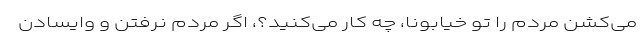
می‌کشن مردم را تو خیابونا، چه کار می‌کنید؟، اگر مردم نرفتن و وایسادن